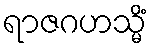
ရာဇဂဟသ္မိံ